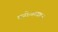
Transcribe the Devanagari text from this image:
मनोऱ्यावरुन